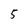
Character: 5